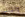
ولذلك